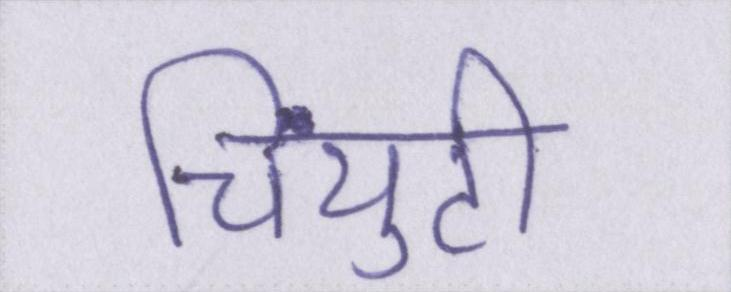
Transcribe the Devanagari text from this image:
चिंयुटी